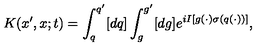
K ( x ^ { \prime } , x ; t ) = \int _ { q } ^ { q ^ { \prime } } [ d q ] \int _ { g } ^ { g ^ { \prime } } [ d g ] e ^ { i I [ g ( \cdot ) \sigma ( q ( \cdot ) ) ] } ,